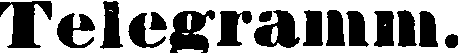
Telegramm.